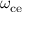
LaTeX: \omega _ { \mathrm { c e } }